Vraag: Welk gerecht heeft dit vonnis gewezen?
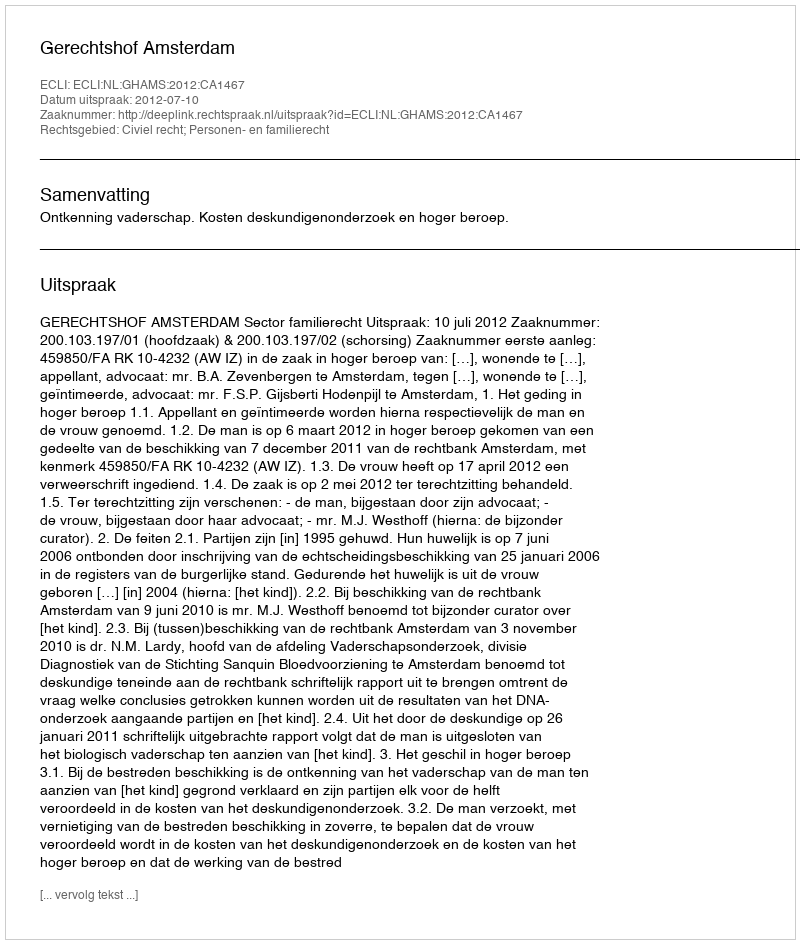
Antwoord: Gerechtshof Amsterdam